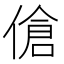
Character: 傖